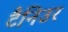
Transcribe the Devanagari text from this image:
टैनिउर